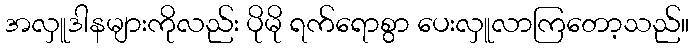
အလှူဒါနများကိုလည်း ပိုမို ရက်ရောစွာ ပေးလှူလာကြတော့သည်။